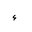
Letter: _hamza